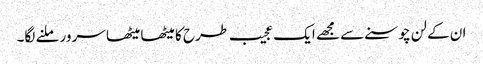
ان کے لن چوسنے سے مجھے ایک عجیب طرح کا میٹھا میٹھا سرور ملنے لگا۔